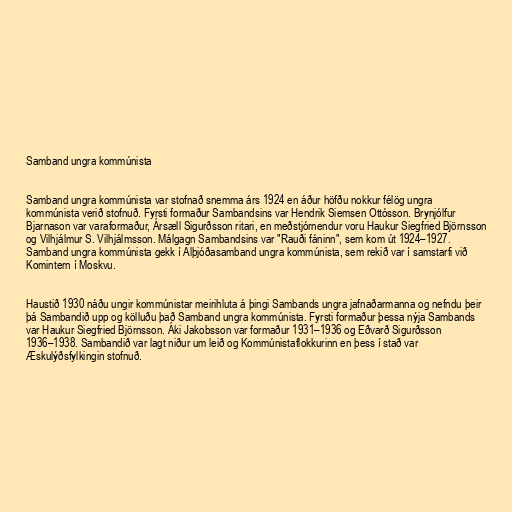
Samband ungra kommúnista

Samband ungra kommúnista var stofnað snemma árs 1924 en áður höfðu nokkur félög ungra
kommúnista verið stofnuð. Fyrsti formaður Sambandsins var Hendrik Siemsen Ottósson. Brynjólfur
Bjarnason var varaformaður, Ársæll Sigurðsson ritari, en meðstjórnendur voru Haukur Siegfried Björnsson
og Vilhjálmur S. Vilhjálmsson. Málgagn Sambandsins var "Rauði fáninn", sem kom út 1924–1927.
Samband ungra kommúnista gekk í Alþjóðasamband ungra kommúnista, sem rekið var í samstarfi við
Komintern í Moskvu.

Haustið 1930 náðu ungir kommúnistar meirihluta á þingi Sambands ungra jafnaðarmanna og nefndu þeir
þá Sambandið upp og kölluðu það Samband ungra kommúnista. Fyrsti formaður þessa nýja Sambands
var Haukur Siegfried Björnsson. Áki Jakobsson var formaður 1931–1936 og Eðvarð Sigurðsson
1936–1938. Sambandið var lagt niður um leið og Kommúnistaflokkurinn en þess í stað var
Æskulýðsfylkingin stofnuð.